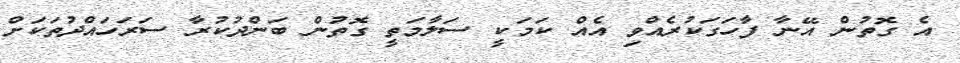
އެ ގޮތުން އޭނާ ފާހަގަކުރެއްވި އެއް ކަމަކީ ސަލާމަތީ ގޮތުން ބަންދުކުރާ ސަރަހައްދުތަކަށް